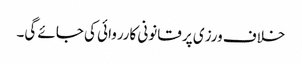
خلاف ورزی پر قانونی کارروائی کی جائے گی۔